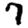
Digit: 7